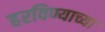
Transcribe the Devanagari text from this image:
हरविण्याच्या